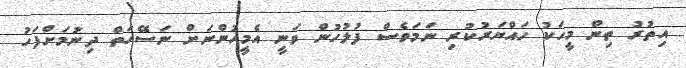
އިތުރު ތިން މީހަކު ހައްޔަރުކުރި ނަމަވެސް ފުލުހުން ވަނީ އެމީހުންނަށް ނަސޭހަތް ދިނުމަށްފަހު